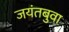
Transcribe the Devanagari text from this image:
जयंतबुवा